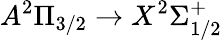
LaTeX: A^{2}\Pi_{3/2}\rightarrow X^{2}\Sigma_{1/2}^{+}